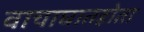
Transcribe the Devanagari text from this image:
वाचाघातहोता